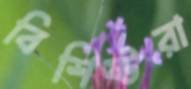
বিশিষ্টরা